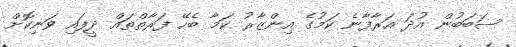
ސަބަބުން އުދަ އަރާފާނެ ކަމުގެ އިންޒާރު ކަމާ ބެހޭ ފަރާތްތައް ދީފައި ވަނިކޮށް